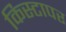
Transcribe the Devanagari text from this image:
किस्टापर